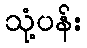
သုံ့ပန်း